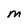
Character: M